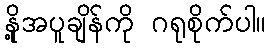
နို့အပူချိန်ကို ဂရုစိုက်ပါ။